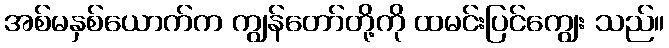
အစ်မနှစ်ယောက်က ကျွန်တော်တို့ကို ထမင်းပြင်ကျွေး သည်။